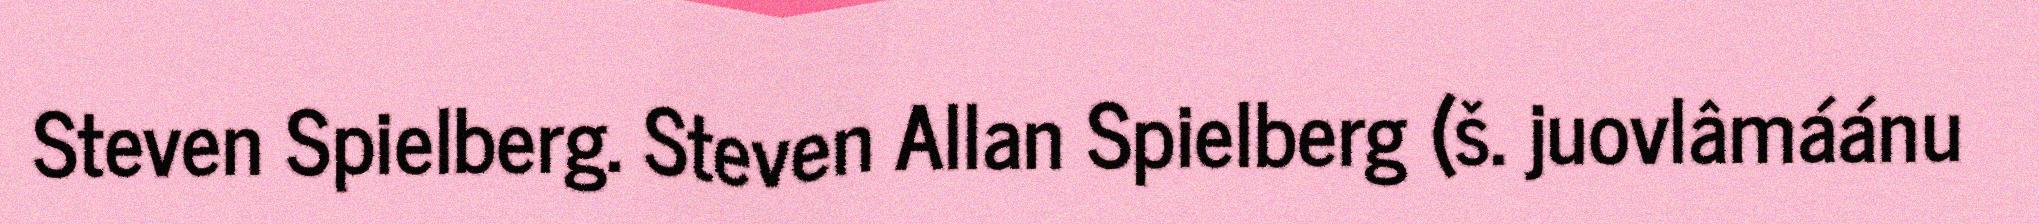
Steven Spielberg. Steven Allan Spielberg (š. juovlâmáánu